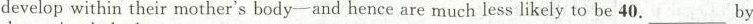
develop within their mother's body-and hence are much less likely to be 40.___ By